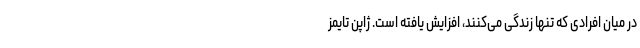
در میان افرادی که تنها زندگی می‌کنند، افزایش یافته است. ژاپن تایمز